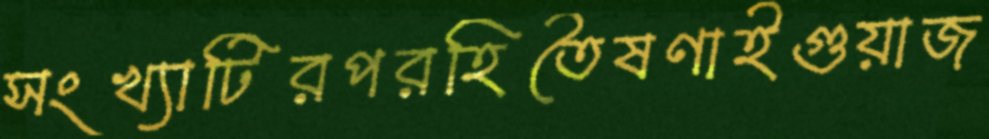
সংখ্যাটিরপরহিতৈষণাইগুয়াজ